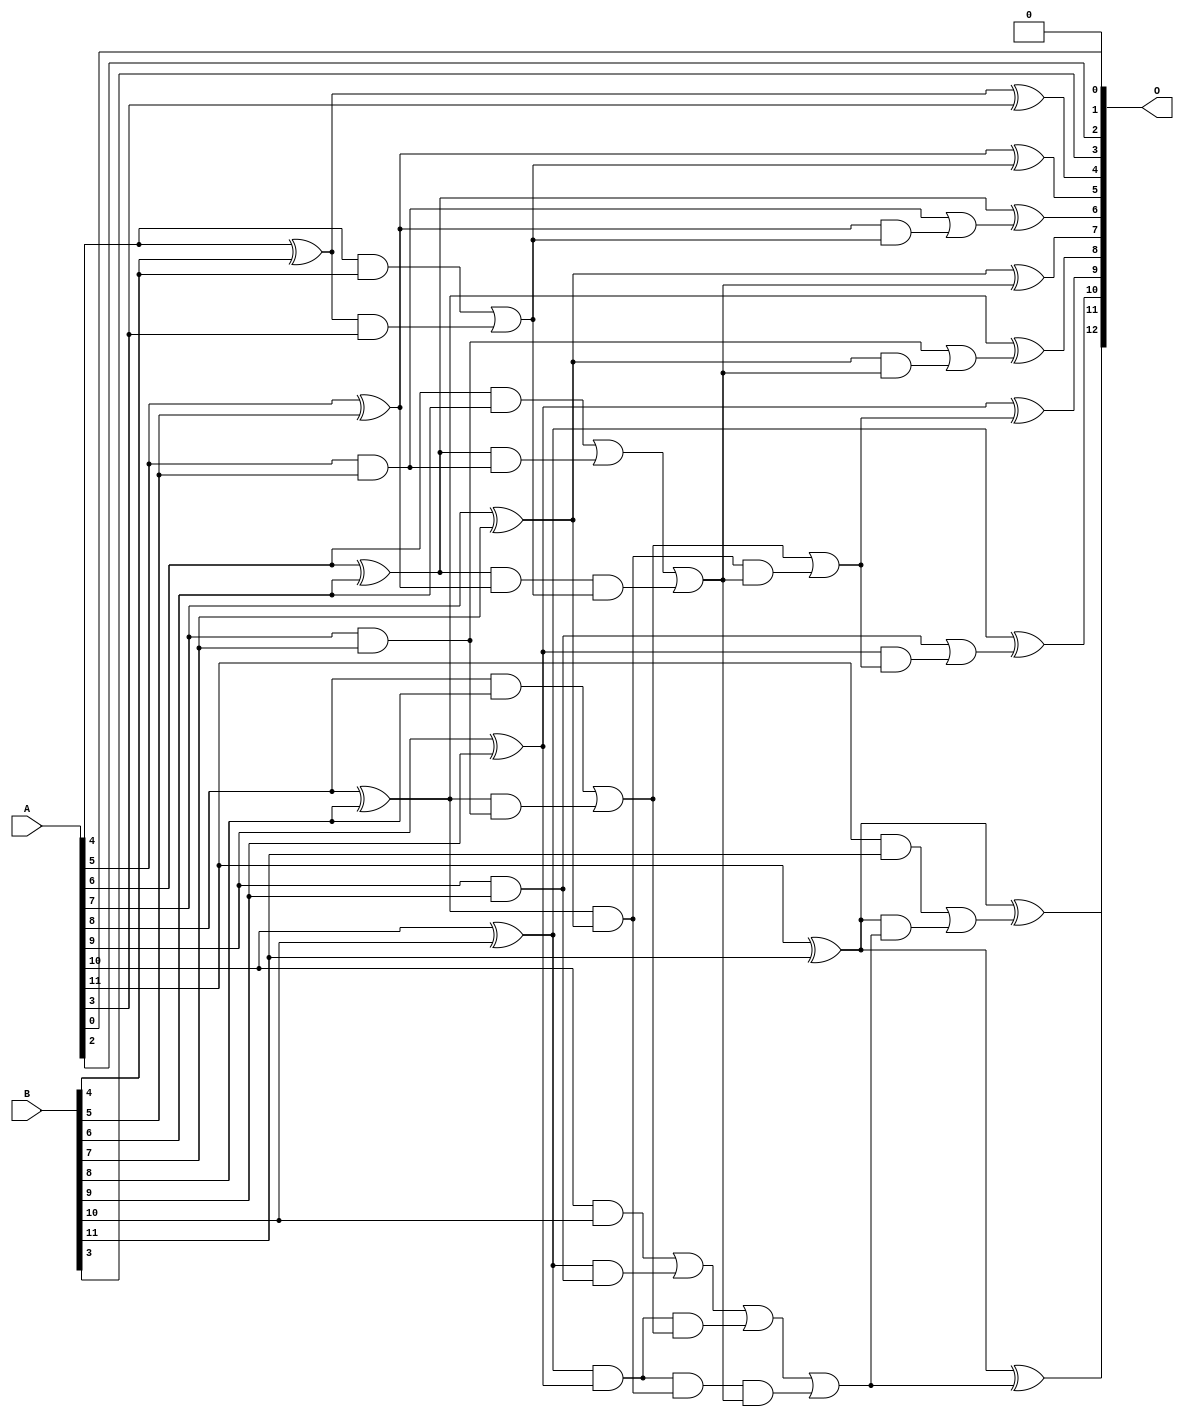
// This program was cloned from: https://github.com/ehw-fit/evoapproxlib
// License: MIT License

/***
* This code is a part of EvoApproxLib library (ehw.fit.vutbr.cz/approxlib) distributed under The MIT License.
* When used, please cite the following article(s): V. Mrazek, L. Sekanina, Z. Vasicek "Libraries of Approximate Circuits: Automated Design and Application in CNN Accelerators" IEEE Journal on Emerging and Selected Topics in Circuits and Systems, Vol 10, No 4, 2020 
* This file contains a circuit from a sub-set of pareto optimal circuits with respect to the pwr and wce parameters
***/
// MAE% = 0.10 %
// MAE = 4.1 
// WCE% = 0.22 %
// WCE = 9.0 
// WCRE% = 900.00 %
// EP% = 93.75 %
// MRE% = 1.57 %
// MSE = 22 
// PDK45_PWR = 0.037 mW
// PDK45_AREA = 75.6 um2
// PDK45_DELAY = 0.68 ns

module add12se_54H (
    A,
    B,
    O
);

input [11:0] A;
input [11:0] B;
output [12:0] O;

wire sig_32,sig_33,sig_34,sig_35,sig_36,sig_37,sig_38,sig_39,sig_40,sig_41,sig_42,sig_43,sig_44,sig_45,sig_46,sig_47,sig_48,sig_52,sig_54,sig_55;
wire sig_56,sig_57,sig_58,sig_59,sig_60,sig_61,sig_62,sig_63,sig_66,sig_68,sig_69,sig_70,sig_71,sig_74,sig_75,sig_78,sig_79,sig_84,sig_85,sig_86;
wire sig_87,sig_88,sig_89,sig_90,sig_91,sig_95,sig_96,sig_97,sig_98,sig_99,sig_100,sig_101,sig_102,sig_103;

assign sig_32 = A[4] & B[4];
assign sig_33 = A[4] ^ B[4];
assign sig_34 = A[5] & B[5];
assign sig_35 = A[5] ^ B[5];
assign sig_36 = A[6] & B[6];
assign sig_37 = A[6] ^ B[6];
assign sig_38 = A[7] & B[7];
assign sig_39 = A[7] ^ B[7];
assign sig_40 = A[8] & B[8];
assign sig_41 = A[8] ^ B[8];
assign sig_42 = A[9] & B[9];
assign sig_43 = A[9] ^ B[9];
assign sig_44 = A[10] & B[10];
assign sig_45 = A[10] ^ B[10];
assign sig_46 = A[11] & B[11];
assign sig_47 = A[11] ^ B[11];
assign sig_48 = A[11] ^ B[11];
assign sig_52 = sig_33 & A[3];
assign sig_54 = sig_32 | sig_52;
assign sig_55 = sig_37 & sig_34;
assign sig_56 = sig_37 & sig_35;
assign sig_57 = sig_36 | sig_55;
assign sig_58 = sig_41 & sig_38;
assign sig_59 = sig_41 & sig_39;
assign sig_60 = sig_40 | sig_58;
assign sig_61 = sig_45 & sig_42;
assign sig_62 = sig_45 & sig_43;
assign sig_63 = sig_44 | sig_61;
assign sig_66 = sig_56 & sig_54;
assign sig_68 = sig_57 | sig_66;
assign sig_69 = sig_62 & sig_60;
assign sig_70 = sig_62 & sig_59;
assign sig_71 = sig_63 | sig_69;
assign sig_74 = sig_70 & sig_68;
assign sig_75 = sig_71 | sig_74;
assign sig_78 = sig_59 & sig_68;
assign sig_79 = sig_60 | sig_78;
assign sig_84 = sig_35 & sig_54;
assign sig_85 = sig_34 | sig_84;
assign sig_86 = sig_39 & sig_68;
assign sig_87 = sig_38 | sig_86;
assign sig_88 = sig_43 & sig_79;
assign sig_89 = sig_42 | sig_88;
assign sig_90 = sig_47 & sig_75;
assign sig_91 = sig_46 | sig_90;
assign sig_95 = sig_33 ^ A[3];
assign sig_96 = sig_35 ^ sig_54;
assign sig_97 = sig_37 ^ sig_85;
assign sig_98 = sig_39 ^ sig_68;
assign sig_99 = sig_41 ^ sig_87;
assign sig_100 = sig_43 ^ sig_79;
assign sig_101 = sig_45 ^ sig_89;
assign sig_102 = sig_47 ^ sig_75;
assign sig_103 = sig_48 ^ sig_91;

assign O[12] = sig_103;
assign O[11] = sig_102;
assign O[10] = sig_101;
assign O[9] = sig_100;
assign O[8] = sig_99;
assign O[7] = sig_98;
assign O[6] = sig_97;
assign O[5] = sig_96;
assign O[4] = sig_95;
assign O[3] = B[3];
assign O[2] = A[2];
assign O[1] = 1'b0;
assign O[0] = A[0];

endmodule